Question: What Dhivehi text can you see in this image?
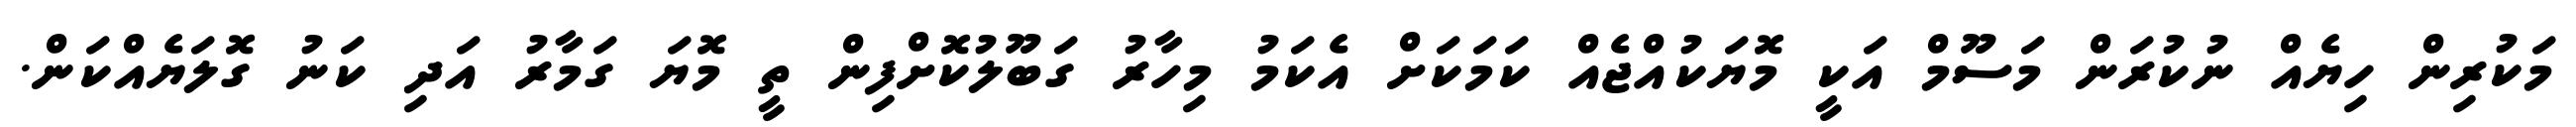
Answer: މަކުރިން ހިޔެއް ނުކުރަން މަސޫމް އަކީ މޮޔަކުއްޖެއް ކަމަކަށް އެކަމު މިހާރު ގަބޫލުކޮށްފިން ތީ މޮޔަ ގަމާރު އަދި ކަނު ގޮލަޔެއްކަން.